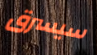
سيسرق